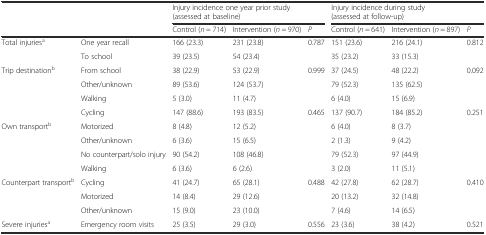
|  |  | <COLSPAN=3> Injury incidence one year prior study (assessed at baseline) | <COLSPAN=3> Injury incidence during study (assessed at follow-up) |
 |  |  | Control (n = 714) | Intervention (n = 970) | P | Control (n = 641) | Intervention (n = 897) | P |
 | --- | --- | --- | --- | --- | --- | --- | --- |
 | Total injuriesa | One year recall | 166 (23.3) | 231 (23.8) | 0.787 | 151 (23.6) | 216 (24.1) | 0.812 |
 |  | To school | 39 (23.5) | 54 (23.4) |  | 35 (23.2) | 33 (15.3) |  |
 | Trip destinationb | From school | 38 (22.9) | 53 (22.9) | 0.999 | 37 (24.5) | 48 (22.2) | 0.092 |
 |  | Other/unknown | 89 (53.6) | 124 (53.7) |  | 79 (52.3) | 135 (62.5) |  |
 |  | Walking | 5 (3.0) | 11 (4.7) |  | 6 (4.0) | 15 (6.9) |  |
 |  | Cycling | 147 (88.6) | 193 (83.5) | 0.465 | 137 (90.7) | 184 (85.2) | 0.251 |
 | Own transportb | Motorized | 8 (4.8) | 12 (5.2) |  | 6 (4.0) | 8 (3.7) |  |
 |  | Other/unknown | 6 (3.6) | 15 (6.5) |  | 2 (1.3) | 9 (4.2) |  |
 |  | No counterpart/solo injury | 90 (54.2) | 108 (46.8) |  | 79 (52.3) | 97 (44.9) |  |
 |  | Walking | 6 (3.6) | 6 (2.6) |  | 3 (2.0) | 11 (5.1) |  |
 | Counterpart transportb | Cycling | 41 (24.7) | 65 (28.1) | 0.488 | 42 (27.8) | 62 (28.7) | 0.410 |
 |  | Motorized | 14 (8.4) | 29 (12.6) |  | 20 (13.2) | 32 (14.8) |  |
 |  | Other/unknown | 15 (9.0) | 23 (10.0) |  | 7 (4.6) | 14 (6.5) |  |
 | Severe injuriesa | Emergency room visits | 25 (3.5) | 29 (3.0) | 0.556 | 23 (3.6) | 38 (4.2) | 0.521 |